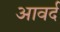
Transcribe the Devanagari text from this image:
आवर्द